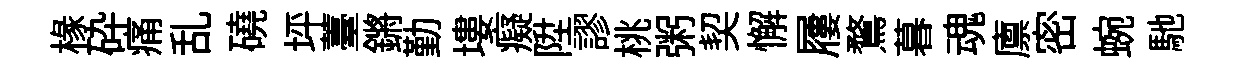
椽砕痛乱磽坪薹鏘勤塿癡陞謬桃粥契懈屨鶩暮魂廪密蜿馳